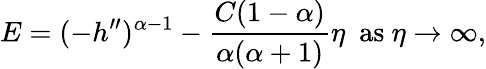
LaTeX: E=(-h^{\prime\prime})^{\alpha-1}-\frac{C(1-\alpha)}{\alpha(\alpha+1)}\eta~~\textrm{as}\ \eta\to\infty,